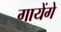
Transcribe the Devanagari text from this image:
गायेंगे